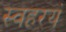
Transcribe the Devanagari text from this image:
स्वहरयं